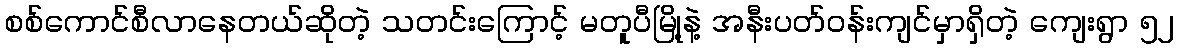
စစ်ကောင်စီလာနေတယ်ဆိုတဲ့ သတင်းကြောင့် မတူပီမြို့နဲ့ အနီးပတ်ဝန်းကျင်မှာရှိတဲ့ ကျေးရွာ ၅၂